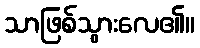
သာဖြစ်သွားလေ၏။